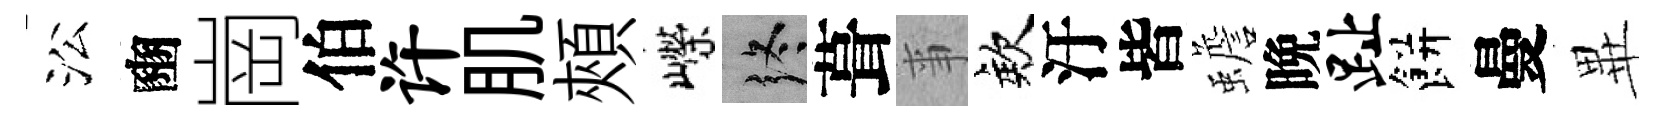
㳂豳崗伯许肌頰嶸终葺亊欸汙皆蟾晩趾餅曼𭺾